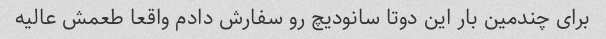
برای چندمین بار این دوتا سانودیچ رو سفارش دادم واقعا طعمش عالیه